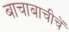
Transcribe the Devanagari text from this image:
बाचाबाचीचें